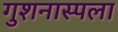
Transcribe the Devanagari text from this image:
गुशनास्पला